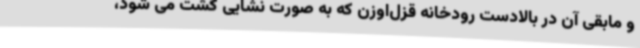
و مابقی آن در بالادست رودخانه قزل‌اوزن که به صورت نشایی کشت می شود،